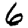
Digit: 6